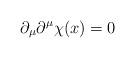
LaTeX: \begin{align*}\partial _\mu \partial ^\mu \chi (x)=0 \end{align*}